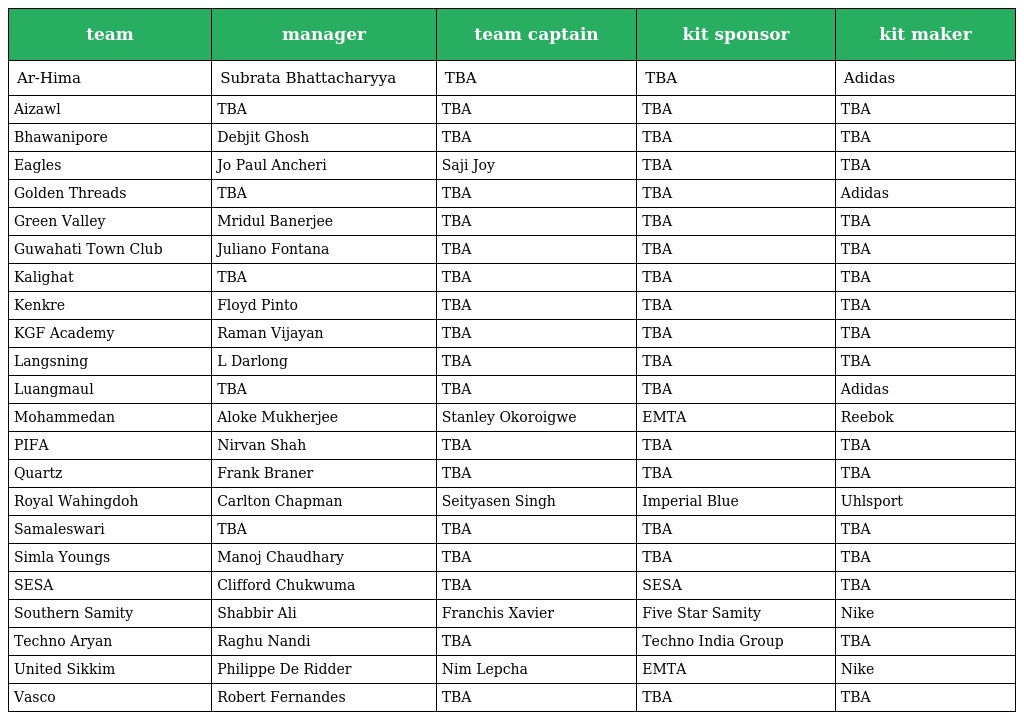
| team | manager | team captain | kit sponsor | kit maker |
 | --- | --- | --- | --- | --- |
 | Ar-Hima | Subrata Bhattacharyya | TBA | TBA | Adidas |
 | Aizawl | TBA | TBA | TBA | TBA |
 | Bhawanipore | Debjit Ghosh | TBA | TBA | TBA |
 | Eagles | Jo Paul Ancheri | Saji Joy | TBA | TBA |
 | Golden Threads | TBA | TBA | TBA | Adidas |
 | Green Valley | Mridul Banerjee | TBA | TBA | TBA |
 | Guwahati Town Club | Juliano Fontana | TBA | TBA | TBA |
 | Kalighat | TBA | TBA | TBA | TBA |
 | Kenkre | Floyd Pinto | TBA | TBA | TBA |
 | KGF Academy | Raman Vijayan | TBA | TBA | TBA |
 | Langsning | L Darlong | TBA | TBA | TBA |
 | Luangmaul | TBA | TBA | TBA | Adidas |
 | Mohammedan | Aloke Mukherjee | Stanley Okoroigwe | EMTA | Reebok |
 | PIFA | Nirvan Shah | TBA | TBA | TBA |
 | Quartz | Frank Braner | TBA | TBA | TBA |
 | Royal Wahingdoh | Carlton Chapman | Seityasen Singh | Imperial Blue | Uhlsport |
 | Samaleswari | TBA | TBA | TBA | TBA |
 | Simla Youngs | Manoj Chaudhary | TBA | TBA | TBA |
 | SESA | Clifford Chukwuma | TBA | SESA | TBA |
 | Southern Samity | Shabbir Ali | Franchis Xavier | Five Star Samity | Nike |
 | Techno Aryan | Raghu Nandi | TBA | Techno India Group | TBA |
 | United Sikkim | Philippe De Ridder | Nim Lepcha | EMTA | Nike |
 | Vasco | Robert Fernandes | TBA | TBA | TBA |